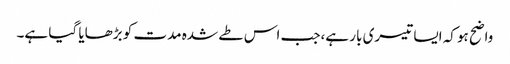
واضح ہو کہ ایسا تیسری بار ہے،جب اس طے شدہ مدت کو بڑھایا گیا ہے۔